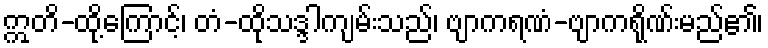
ဣတိ-ထို့ကြောင့်၊ တံ-ထိုသဒ္ဒါကျမ်းသည်၊ ဗျာကရဏံ-ဗျာကရိုဏ်းမည်၏၊